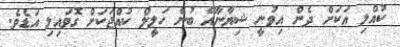
ކުއްލި އަކަށް ދެން އިވުނީ ޝިޔާނާއޭ ބުނެ ހަލީލް ކުއްޖަކަށް ގޮވައިލި އަޑެވެ.